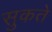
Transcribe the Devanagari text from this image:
सुकते